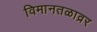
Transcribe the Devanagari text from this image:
विमानतळाव्रर